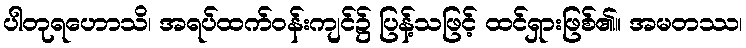
ပါတုရဟောသိ၊ အရပ်ထက်ဝန်းကျင်၌ ပြန့်သဖြင့် ထင်ရှားဖြစ်၏။ အမတဿ၊